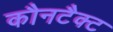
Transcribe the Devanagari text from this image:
कौनटैक्ट